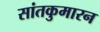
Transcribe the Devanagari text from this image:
सांतकुमारन